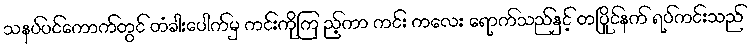
သနပ်ပင်ကောက်တွင် တံခါးပေါက်မှ ကင်းကိုကြ ည့်ကာ ကင်း ကလေး ရောက်သည်နှင့် တပြိုင်နက် ရပ်ကင်းသည်